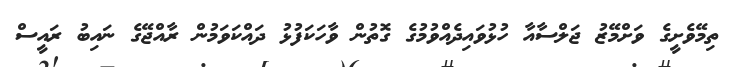
ތިމޭވެށީގެ ވަށްމޭޒު ޖަލްސާއާ ހުޅުވައިދެއްވުމުގެ ގޮތުން ވާހަކަފުޅު ދައްކަވަމުން ރާއްޖޭގެ ނައިބު ރައީސް